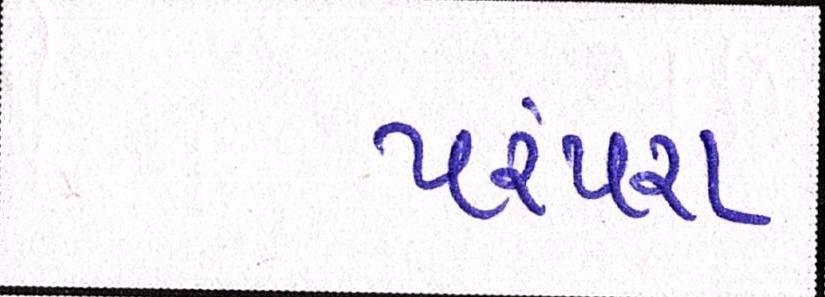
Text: પરંપરા